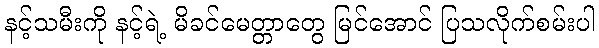
နင့်သမီးကို နင့်ရဲ့ မိခင်မေတ္တာတွေ မြင်အောင် ပြသလိုက်စမ်းပါ